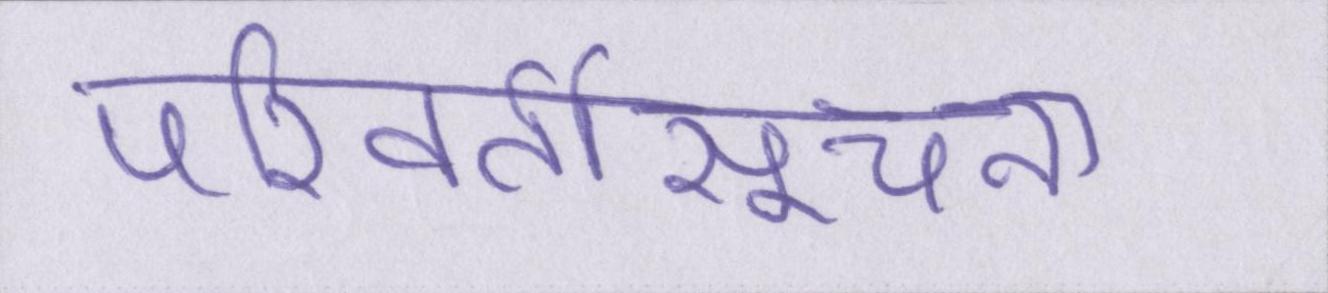
परिवर्तीसूचना